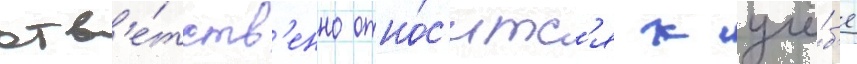
отв'е́тств'енно отно́с'итс'я к учё́б'е